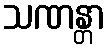
သဏန္တာ